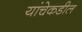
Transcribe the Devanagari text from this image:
यांचेकडील